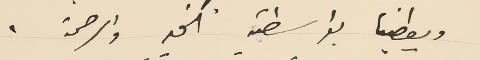
ويعطينا بواسطته الخير والرحمة .